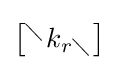
{\begin{bmatrix}^{\diagdown }k_{r\diagdown }\end{bmatrix}}